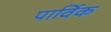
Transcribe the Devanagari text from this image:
पार्विक